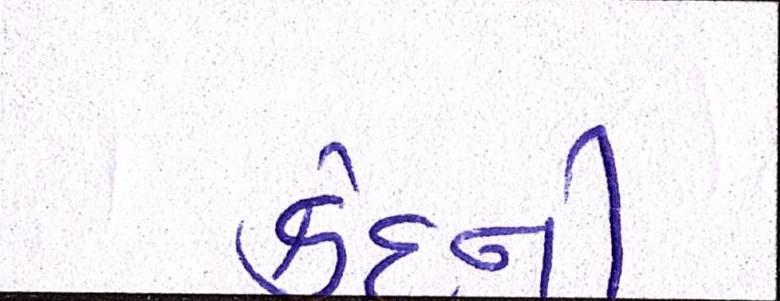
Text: કેદની